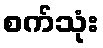
စက်သုံး